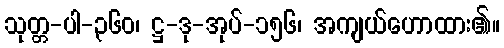
သုတ္တ-ပါ-၃၆၀၊ ဋ္ဌ-ဒု-အုပ်-၁၅၆၊ အကျယ်ဟောထား၏။